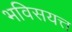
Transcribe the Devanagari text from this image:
भविसयत्त